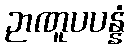
ဉာဏူပပန္နံ